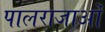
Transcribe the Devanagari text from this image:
पालराजाओं